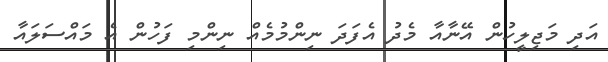
އަދި މަޖިލީހުން އޭނާއާ މެދު އެފަދަ ނިންމުމެއް ނިންމި ފަހުން އެ މައްސަލައާ